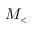
M _ { < }